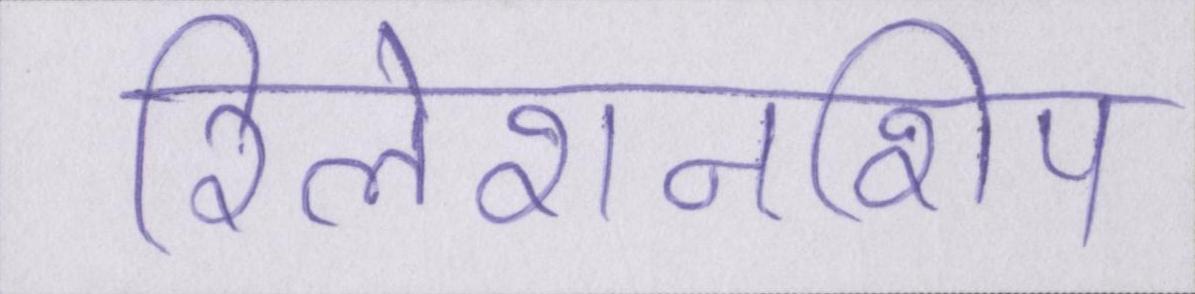
रिलेशनशिप